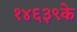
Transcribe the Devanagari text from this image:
१४६३९के